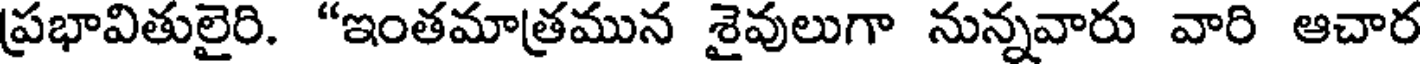
ప్రభావితులైరి. "ఇంతమాత్రమున శైవులుగా నున్నవారు వారి ఆచార